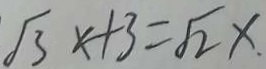
\sqrt { 3 } x + 3 = \sqrt { 2 } x